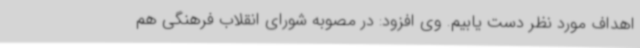
اهداف مورد نظر دست یابیم. وی افزود: در مصوبه شورای انقلاب فرهنگی هم